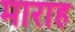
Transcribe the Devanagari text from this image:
माराह